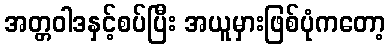
အတ္တဝါဒနှင့်စပ်ပြီး အယူမှားဖြစ်ပုံကတော့